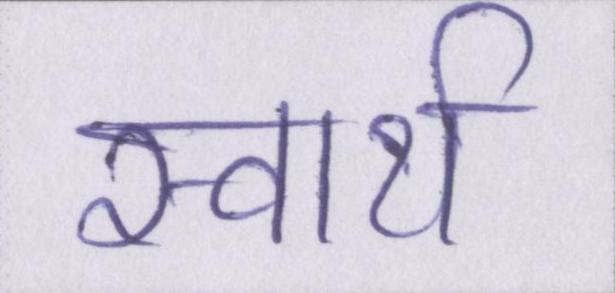
स्वार्थ